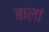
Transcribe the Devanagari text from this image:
बालां